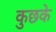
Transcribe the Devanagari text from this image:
कुछके